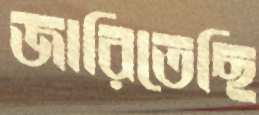
জারিতেছি